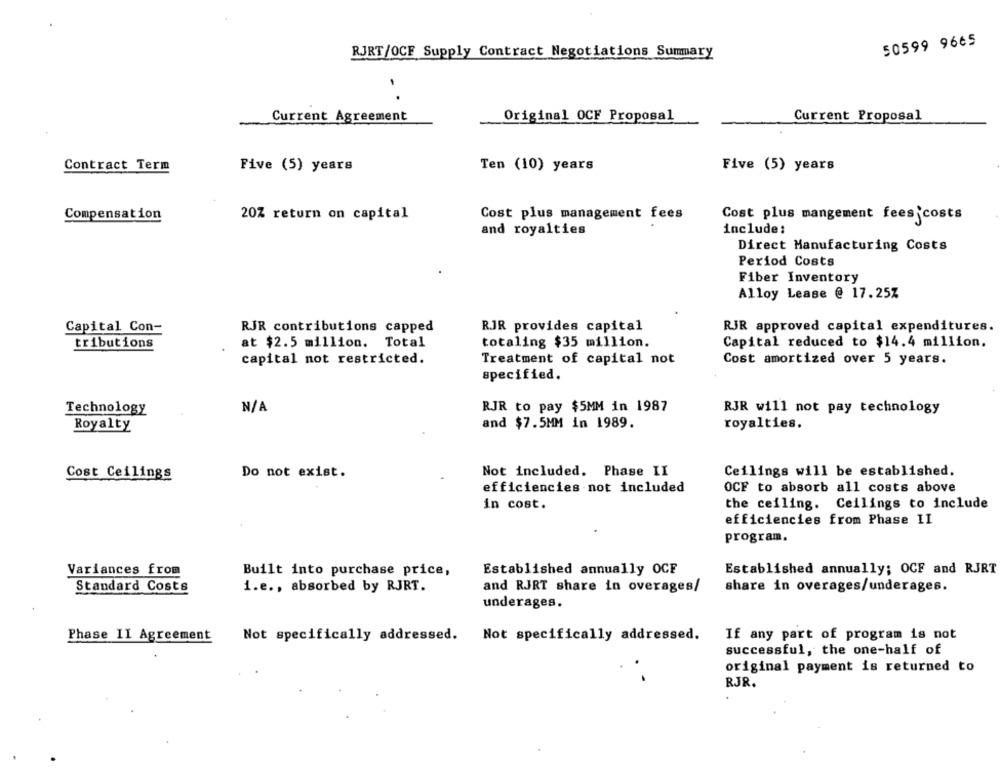
50599 9665
RJRT/OCF Supply Contract Negotiations Summary
Current Agreement
Original OCF Proposal
Current Proposal
Contract Term
Five (5) years
Ten (10) years
Five (5) years
Compensation
20% return on capital
Cost plus management fees
Cost plus mangement fees costs
and royalties
include:
Direct Manufacturing Costs
Period Costs
Fiber Inventory
Alloy Lease @ 17.25Z
Capital Con-
RJR contributions capped
RJR provides capital
RJR approved capital expenditures.
tributions
at $2.5 million. Total
totaling $35 million.
Capital reduced to $14.4 million.
capital not restricted.
Treatment of capital not
Cost amortized over 5 years.
specified.
RJR to pay $5MM in 1987
Technology
RJR will not pay technology
Royalty
and $7.5MM in 1989.
royalties.
Cost Ceilings
Do not exist.
Not included. Phase II
Ceilings will be established.
efficiencies not included
OCF to absorb all costs above
in cost.
the ceiling. Ceilings to include
efficiencies from Phase II
program.
Variances from
Built into purchase price,
Established annually OCF
Established annually; OCF and RJRT
Standard Costs
1.e ., absorbed by RJRT.
and RJRT share in overages/
share in overages/underages.
underages.
Phase II Agreement
Not specifically addressed. Not specifically addressed.
If any part of program is not
successful, the one-half of
original payment is returned to
RJR.